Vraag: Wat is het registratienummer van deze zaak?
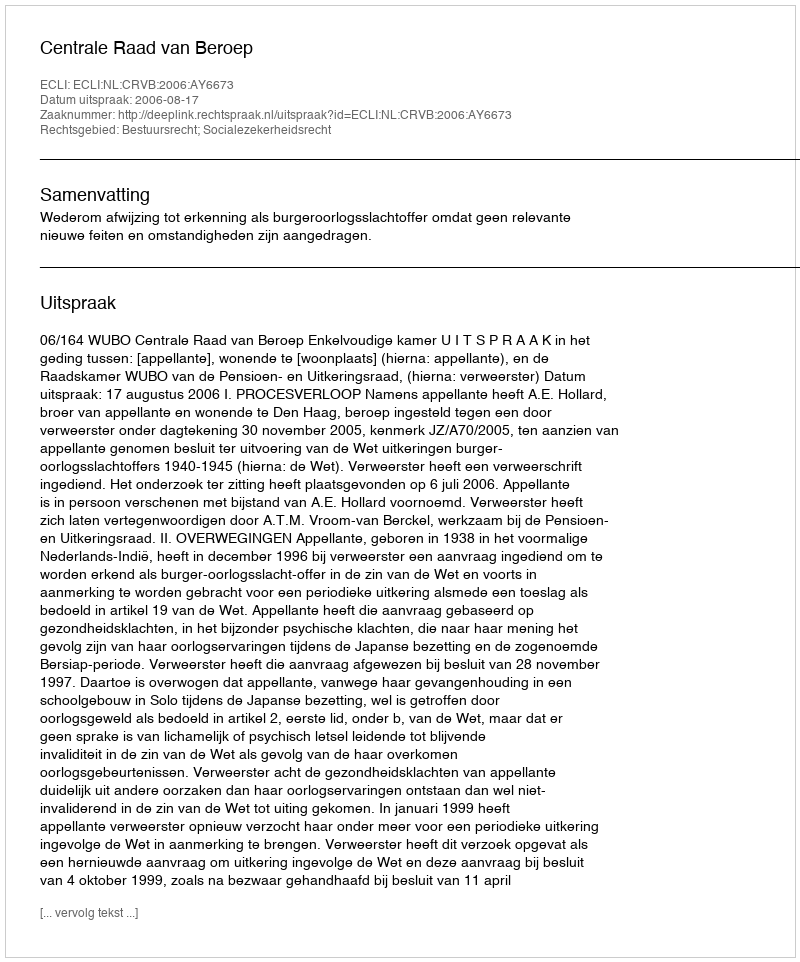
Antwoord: http://deeplink.rechtspraak.nl/uitspraak?id=ECLI:NL:CRVB:2006:AY6673